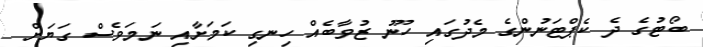
ބޯޓުގެ ދެ ކެޕްޓަނުންގެ މެދުގައި ހޫނު ޒުވާބެއް ހިނގި ކަމަށާއި ނަމަވެސް ގަޔަށް